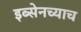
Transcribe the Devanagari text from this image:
इब्सेनच्याच